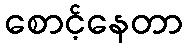
စောင့်နေတာ